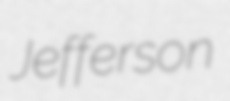
Jefferson